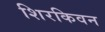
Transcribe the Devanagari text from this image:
शिरकिवन